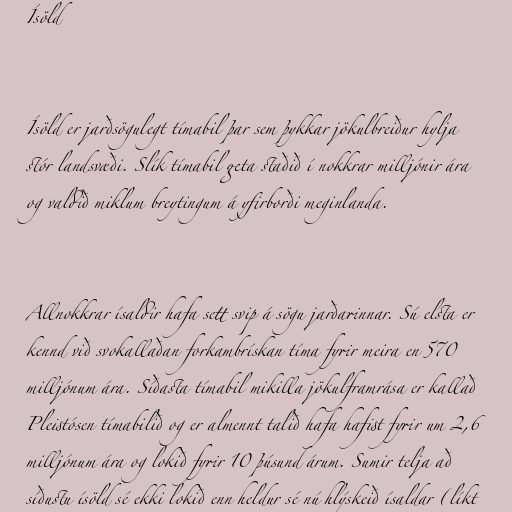
Ísöld

Ísöld er jarðsögulegt tímabil þar sem þykkar jökulbreiður hylja
stór landsvæði. Slík tímabil geta staðið í nokkrar milljónir ára
og valdið miklum breytingum á yfirborði meginlanda.

Allnokkrar ísaldir hafa sett svip á sögu jarðarinnar. Sú elsta er
kennd við svokallaðan forkambrískan tíma fyrir meira en 570
milljónum ára. Síðasta tímabil mikilla jökulframrása er kallað
Pleistósen tímabilið og er almennt talið hafa hafist fyrir um 2,6
milljónum ára og lokið fyrir 10 þúsund árum. Sumir telja að
síðustu ísöld sé ekki lokið enn heldur sé nú hlýskeið ísaldar (líkt